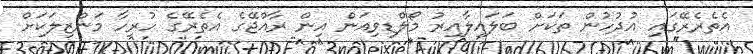
އެތެރެރޭގައި އުދުހުން ތަކަށް ބަލައިލާއިރު މޯލްޑިވިއަން އިން ރާއްޖޭގެ އެތެރޭގެ ހުރިހާ މަންޒިލަކަށް